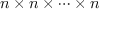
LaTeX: n \times n \times \cdots \times n